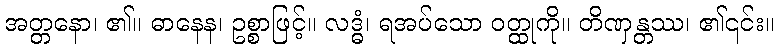
အတ္တနော၊ ၏။ ဓာနေန၊ ဥစ္စာဖြင့်။ လဒ္ဓံ၊ ရအပ်သော ဝတ္ထုကို။ တိဏှန္တဿ၊ ၏၎င်း။